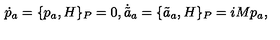
\dot { p } _ { a } = \{ p _ { a } , H \} _ { P } = 0 , \dot { \tilde { a } } { } _ { a } = \{ \tilde { a } _ { a } , H \} _ { P } = i M p _ { a } , \nonumber